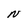
Character: N